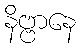
နိဗ္ဗာနေ